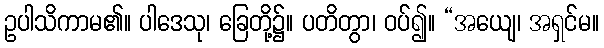
ဥပါသိကာမ၏။ ပါဒေသု၊ ခြေတို့၌။ ပတိတွာ၊ ဝပ်၍။ “အယျေ၊ အရှင်မ။